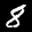
Label: 8